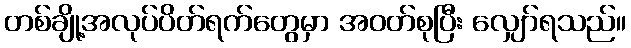
တစ်ချို့အလုပ်ပိတ်ရက်တွေမှာ အဝတ်စုပြီး လျှော်ရသည်။